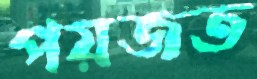
পয়জত